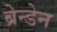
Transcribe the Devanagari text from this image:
ब्रेन्डेन